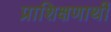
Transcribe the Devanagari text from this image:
प्राशिक्षणार्थी